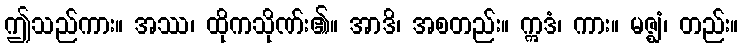
ဤသည်ကား။ အဿ၊ ထိုကသိုဏ်း၏။ အာဒိ၊ အစတည်း။ ဣဒံ၊ ကား။ မဇ္ဈံ၊ တည်း။